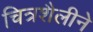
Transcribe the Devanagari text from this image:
चित्रशैलीने